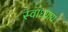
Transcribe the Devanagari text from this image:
स्‍वाध्‍याय